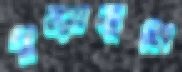
পুরোভূমি